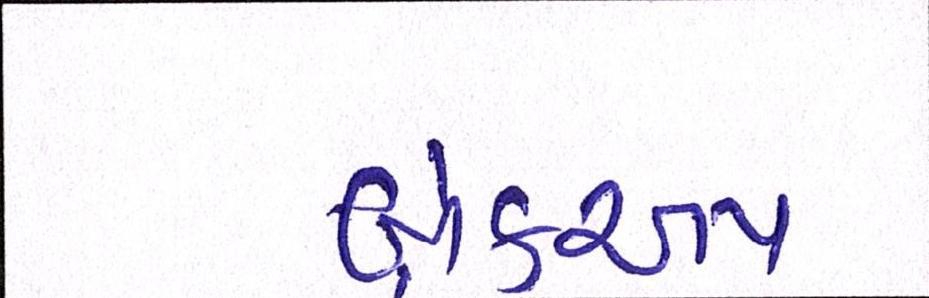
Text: બ્રેકઅપ